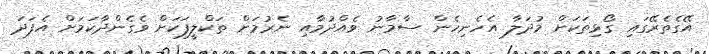
އޭގެތެރޭގައި ގޯޅިތަކަށް މުދަލާ އެހެނިހެން ސާމާނު ވެއްދުމާއި ނެރުމަށް ތަކްލީފަކަށް ވެގެންދާކަމަށް އެފަދަ